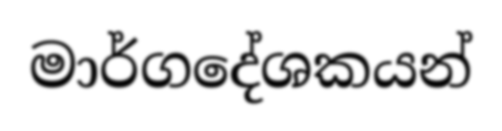
මාර්ගදේශකයන්